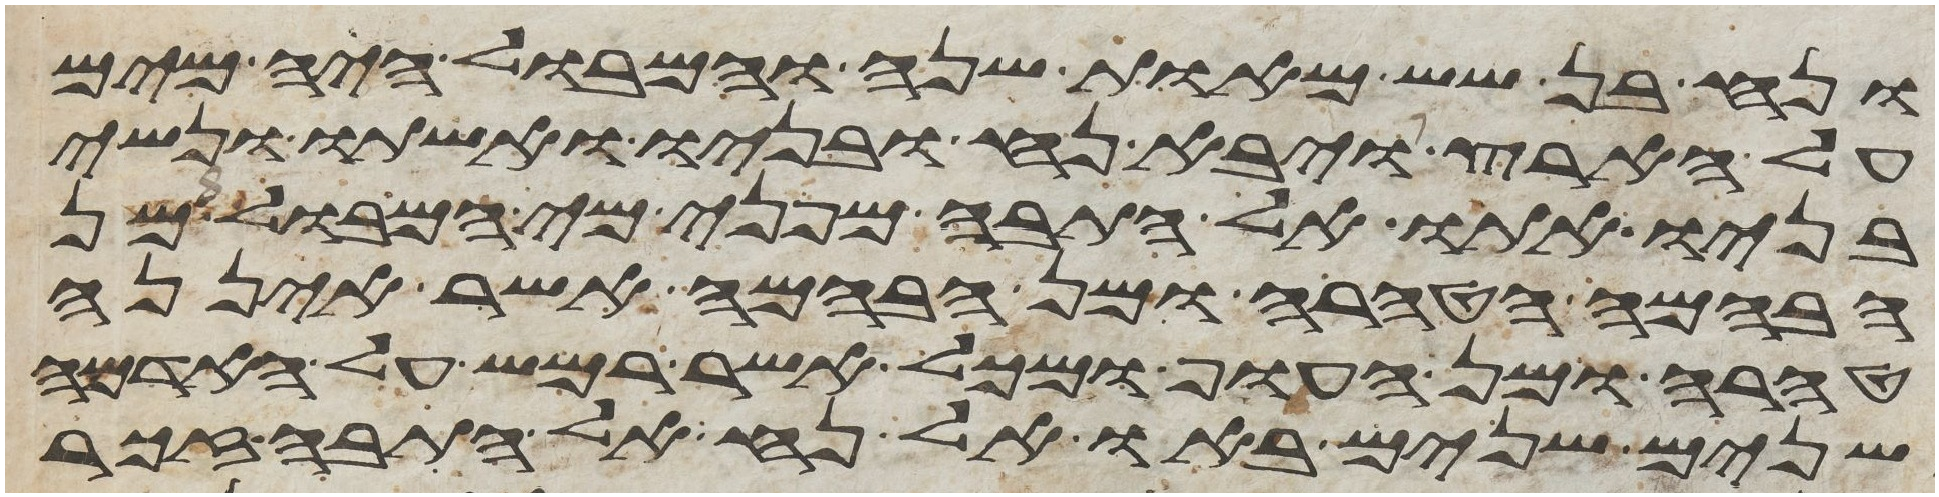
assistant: ונח בן שש מאות שנה והמבול היה מים
על הארץ ויבא נח ובניו ואשתו ונשי
בניו אתו אל התבה מפני מי המבול מן
הבהמה הטהרה ומן הבהמה אשר איננה
טהרה ומן העוף ומכל אשר רמש על האדמה
שנים שנים באו אל נח אל התבה זכר